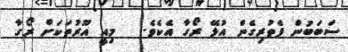
ސަބަބުން ފެތުރިގެން އުޅޭ ރޯގާ އެކެވެ.   މިއީ އޫރުތަކަށް ރޯގާ